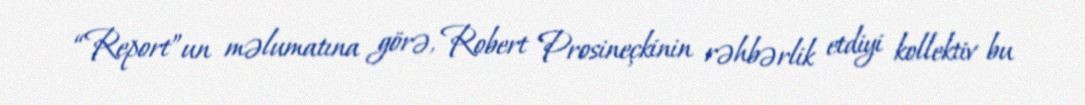
“Report”un məlumatına görə, Robert Prosineçkinin rəhbərlik etdiyi kollektiv bu